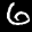
Label: 6